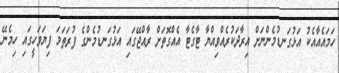
ހަމައެއާއެކު އަޅުގަނޑުމެންނަށް އިރާދަކުރެއްވިއްޔާ ޓާގެޓާ އެއްގޮތަށް ރާއްޖޭގައި އަޅުގަނޑުމެންގެ ފުރަތަމަ ފިޔަވަހީގައި ހިމެނޭ